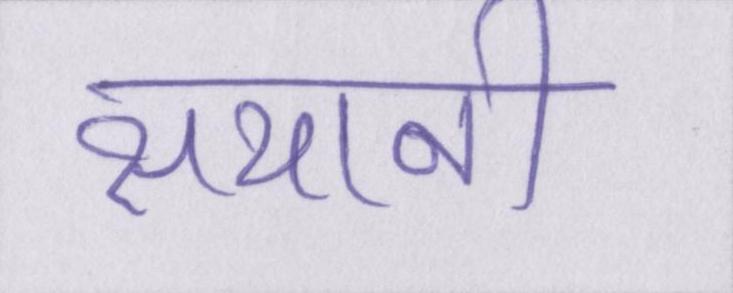
सयानी